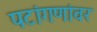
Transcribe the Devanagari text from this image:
पटांगणांवर